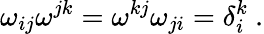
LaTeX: \omega_{ij}\omega^{jk}=\omega^{kj}\omega_{ji}=\delta_{i}^{k}\ .